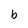
Character: b